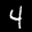
Label: 4